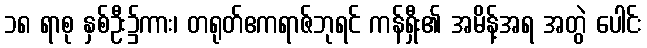
၁၈ ရာစု နှစ်ဦး၌ကား၊ တရုတ်ဧကရာဇ်ဘုရင် ကန်ရှီး၏ အမိန့်အရ အတွဲ ပေါင်း